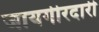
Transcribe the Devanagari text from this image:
जायगीरदारी